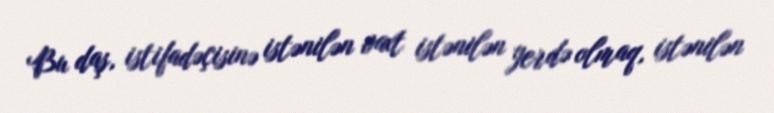
Bu daş, istifadəçisinə istənilən vaxt istənilən yerdə olmaq, istənilən